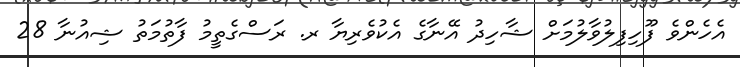
އެހެންވެ ފޫހިފިލުވާލުމަށް ޝާހިދު އޭނާގެ އެކުވެރިޔާ ރ. ރަސްގެތީމު ފާތުމަތު ޝިއުނާ 28